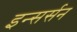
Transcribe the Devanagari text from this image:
इन्सर्सन